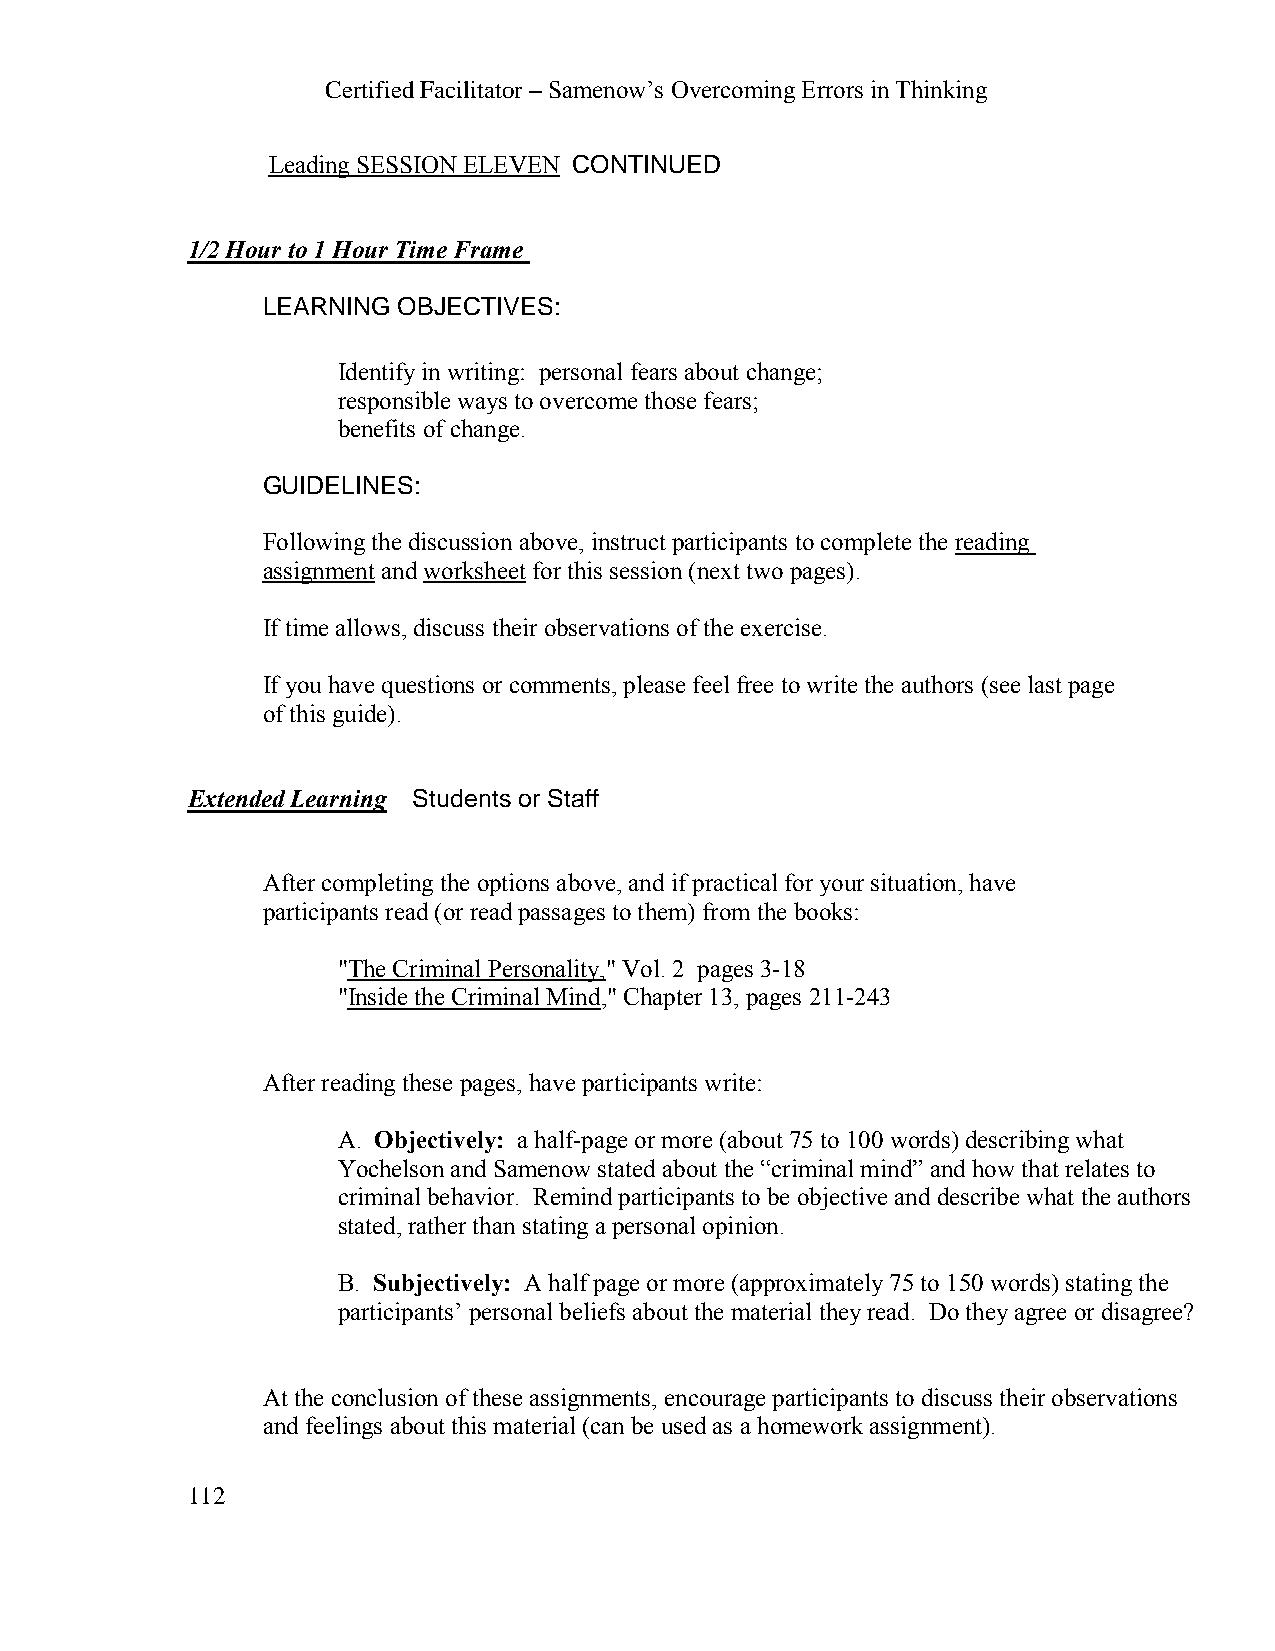
Certified Facilitator – Samenow’s Overcoming Errors in Thinking
 Leading SESSION ELEVEN CONTINUED
 1/2 Hour to 1 Hour Time Frame
 LEARNING OBJECTIVES:
 Identify in writing: personal fears about change;
 responsible ways to overcome those fears;
 benefits of change.
 GUIDELINES:
 Following the discussion above, instruct participants to complete the reading
 assignment and worksheet for this session (next two pages).
 If time allows, discuss their observations of the exercise.
 If you have questions or comments, please feel free to write the authors (see last page
 of this guide).
 Extended Learning Students or Staff
 After completing the options above, and if practical for your situation, have
 participants read (or read passages to them) from the books:
 "The Criminal Personality," Vol. 2 pages 3-18
 "Inside the Criminal Mind," Chapter 13, pages 211-243
 After reading these pages, have participants write:
 A. Objectively: a half-page or more (about 75 to 100 words) describing what
 Yochelson and Samenow stated about the “criminal mind” and how that relates to
 criminal behavior. Remind participants to be objective and describe what the authors
 stated, rather than stating a personal opinion.
 B. Subjectively: A half page or more (approximately 75 to 150 words) stating the
 participants’ personal beliefs about the material they read. Do they agree or disagree?
 At the conclusion of these assignments, encourage participants to discuss their observations
 and feelings about this material (can be used as a homework assignment).
 112